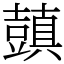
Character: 𧰊